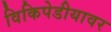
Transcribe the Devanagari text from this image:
विकिपेडीयावर